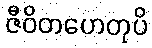
ဇီဝိတဟေတုပိ